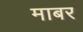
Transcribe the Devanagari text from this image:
माबर